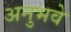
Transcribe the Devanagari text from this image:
अनुभवे